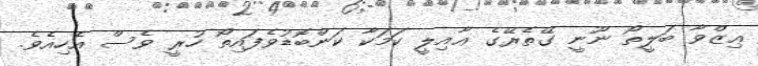
ޢިޒްވާ ބަލީތޯ ނޫނީ ގޭތެރޭގެ ޢާއިލީ ކަމަކާ ކަންބޮޑުވެފައިތޯ ހުރީ ވެސް އެހިއެވެ.